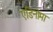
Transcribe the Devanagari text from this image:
एडिनोमा